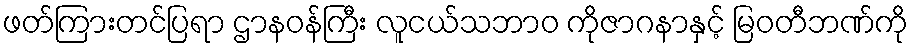
ဖတ်ကြားတင်ပြရာ ဌာနဝန်ကြီး လူငယ်သဘာ၀ ကိုဇာဂနာနှင့် မြဝတီဘဏ်ကို